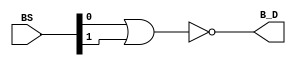
`timescale 1ns / 1ps
//////////////////////////////////////////////////////////////////////////////////
// Company: 
// Engineer: 
// 
// Design Name: 
// Module Name: branchpred
// Project Name: 
// Target Devices: 
// Tool Versions: 
// Description: 
// 
// Dependencies: 
// 
// Revision:
// Revision 0.01 - File Created
// Additional Comments:
// 
//////////////////////////////////////////////////////////////////////////////////


module branchpred(
input [1:0] BS,
output B_D);
assign B_D = ~(BS[0] | BS [1]);
endmodule